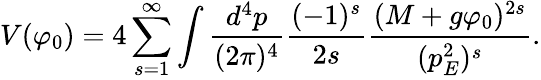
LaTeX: V(\varphi_{0})=4\sum_{s=1}^{\infty}\int\frac{d^{4}p}{(2\pi)^{4}}\frac{(-1)^{s}}{2s}\frac{(M+g\varphi_{0})^{2s}}{(p_{E}^{2})^{s}}.